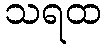
သရထ